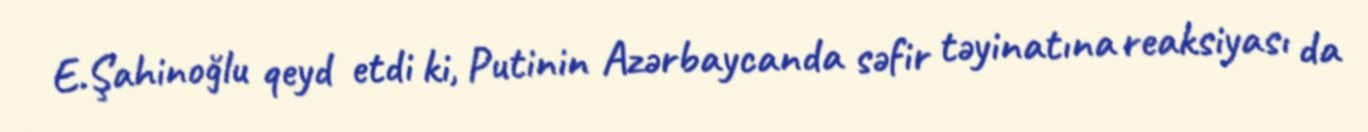
E.Şahinoğlu qeyd etdi ki, Putinin Azərbaycanda səfir təyinatına reaksiyası da